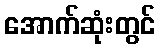
အောက်ဆုံးတွင်